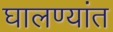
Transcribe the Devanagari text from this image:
घालण्यांत